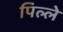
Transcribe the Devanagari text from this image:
पिल्‍ले